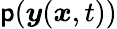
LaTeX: \mathsf{p}(\boldsymbol{y}(\boldsymbol{x},t))